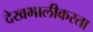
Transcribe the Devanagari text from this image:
देखभालीकरता